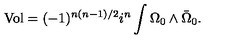
\mathrm { V o l } = ( - 1 ) ^ { n ( n - 1 ) / 2 } i ^ { n } \int \Omega _ { 0 } \wedge \bar { \Omega } _ { 0 } .